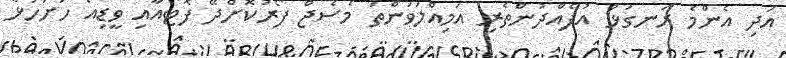
އަދި އެންމެ ރަނގަޅު އުފެއްދުންތެރި އަމިއްލަވަންތަ މެސެޖް ފޯރުކޮށްދޭ ފޮޓޯއާއި ވީޑިއޯ ހުށަހަޅާ